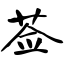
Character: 莶